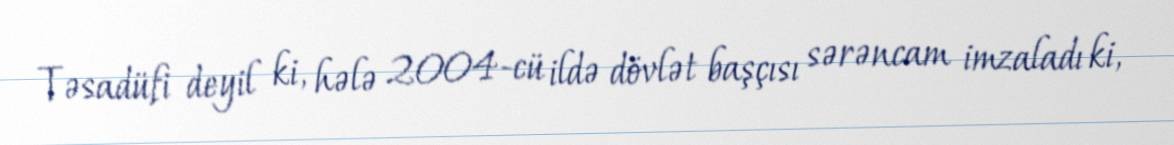
Təsadüfi deyil ki, hələ 2004-cü ildə dövlət başçısı sərəncam imzaladı ki,